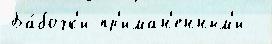
Ба́бочк'и пр'иман'енным'и